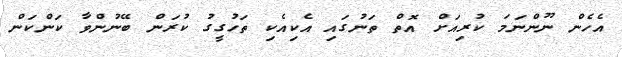
އެހެން ނޫންނަމަ ކުރިއަށް އޮތް ތަނުގައި އެކިއެކި ތަހުގީގު ކުރަން ބޭނުންވާ ކަންކަން